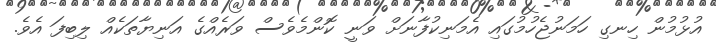
އުޅުމުން ހިނގި ހަމަނުޖެހުމުގައި އެމަނިކުފާނަށް ވަނީ ކޮންމެވެސް ވަރެއްގެ އަނިޔާތަކެއް ލިބިފަ އެވެ.